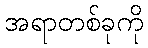
အရာတစ်ခုကို